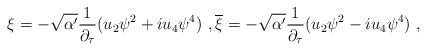
LaTeX: \begin{align*}\xi=-\sqrt{\alpha'}\frac{1}{\partial_{\tau}}(u_2\psi^2+iu_4\psi^4) \ ,\overline{\xi}=-\sqrt{\alpha'}\frac{1}{\partial_{\tau}}(u_2\psi^2-iu_4\psi^4) \ ,\end{align*}